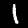
Label: 1